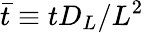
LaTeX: \bar{t}\equiv t{{D}_{L}}/{{L}^{2}}